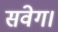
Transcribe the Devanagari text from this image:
संवेग।